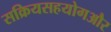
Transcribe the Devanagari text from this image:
सक्रियसहयोगऔर